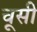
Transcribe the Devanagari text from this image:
चूसी